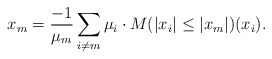
\begin{align*}x_m = \frac{-1}{\mu_m} \sum_{i \neq m} \mu_i \cdot M (|x_i| \leq |x_m|)(x_i).\end{align*}